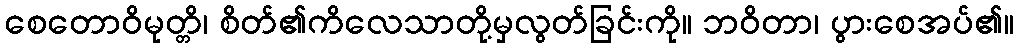
စေတောဝိမုတ္တိ၊ စိတ်၏ကိလေသာတို့မှလွတ်ခြင်းကို။ ဘဝိတာ၊ ပွားစေအပ်၏။